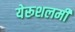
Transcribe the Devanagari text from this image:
येरूशलमी